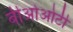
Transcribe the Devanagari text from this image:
बीओओटी